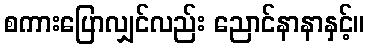
စကားပြောလျှင်လည်း ညောင်နာနာနှင့်။